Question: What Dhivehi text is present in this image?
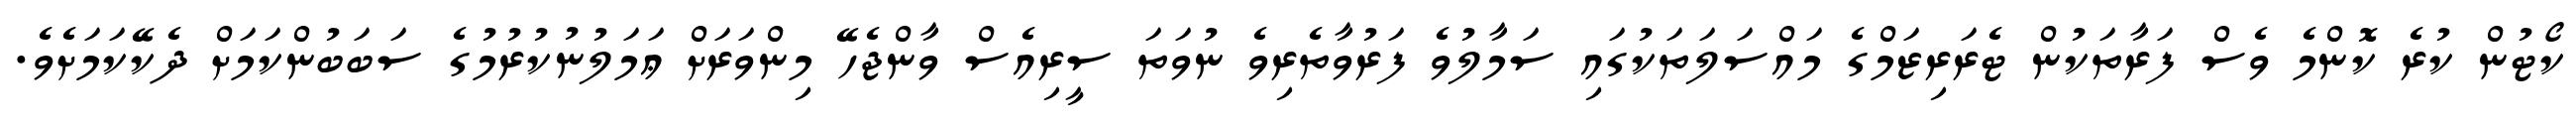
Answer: ކޯޓުން ކުރެ ކޮންމެ ވެސް ފަރާތަކުން ޓެރަރިޒަމްގެ މައްސަލަތަކުގައި ސަމާލުވެ ފަރުވާތެރިވެ ނުވަތަ ސީރިއެސް ވާންޖެހޭ މިންވަރަށް ޢަމަލުނުކުރުމުގެ ސަބަބުންކަމަށް ދެކޭކަމަށެވެ.